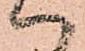
ハ